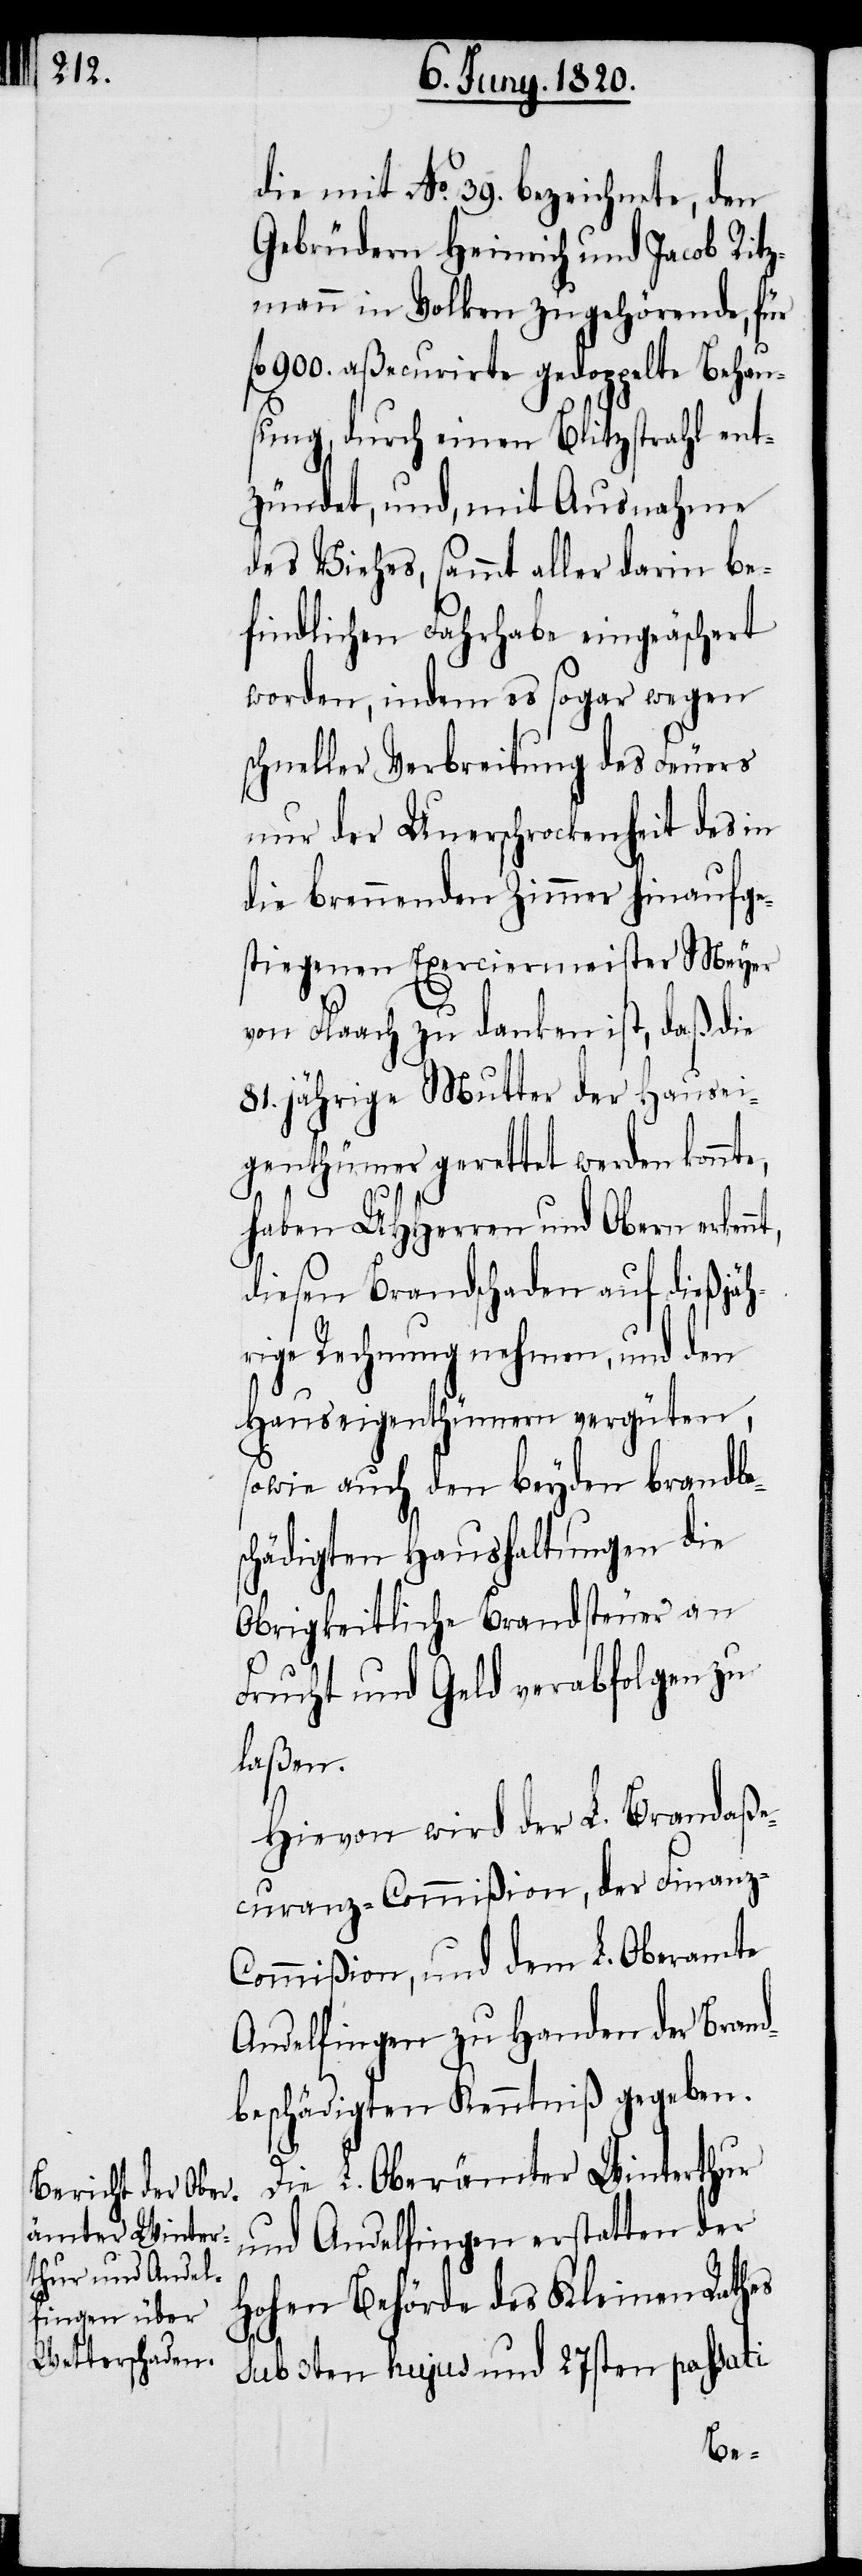
die mit No. 39. bezeichnete, den
Gebrüdern Heinrich und Jacob Ritz¬
mann in Volken zugehörende, für
fl 900. aßecurirte gedoppelte Behau¬
sung durch einen Blitzstrahl ent¬
zündet, und, mit Ausnahme
des Viehes, sammt aller darin be¬
findlichen Darhabe eingeäschert
worden, indem es sogar wegen
schneller Verbreitung des Feuers
nur der Unerschrockenheit des in
die brennenden Zimmer hinaufge¬
stiegenen Exerciermeister Meyer
von Flaach zu danken ist, daß die
81. jährige Mutter der Hausei¬
genthümer gerettet werden konnte,
haben UHherren und Obern erkenn¬
diesen Brandschaden auf dießjähr¬
ige Rechnung nehmen, und den
Hauseigenthümern vergüten,
sowie auch den beyden Brandbe¬
schädigten Haushaltungen die
Obrigkeitliche Brandsteuer an
Frucht und Geld verabfolgen zu
laßen.
Hievon wird der L. Brandaße¬
curanz-Commißion, der Finanz-C¬
ommißion, und dem L. Oberamte
Andelfingen zu Handen der Brand¬
beschädigten Kenntniß gegeben.
t,
Die L. Oberämter Winterthur
und Andelfingen erstatten der
hohen Behörde des Kleinen Rathes
sub 3ten hujus und 27sten passati